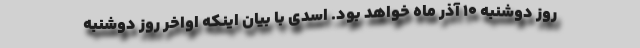
روز دوشنبه 10 آذر ماه خواهد بود. اسدی با بیان اینکه اواخر روز دوشنبه